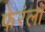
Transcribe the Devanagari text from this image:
फेरलाँ